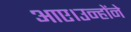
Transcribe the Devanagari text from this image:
आए।उन्होंने